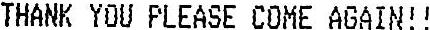
THANK YOU PLEASE COME AGAIN!!